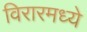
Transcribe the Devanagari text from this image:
विरारमध्ये